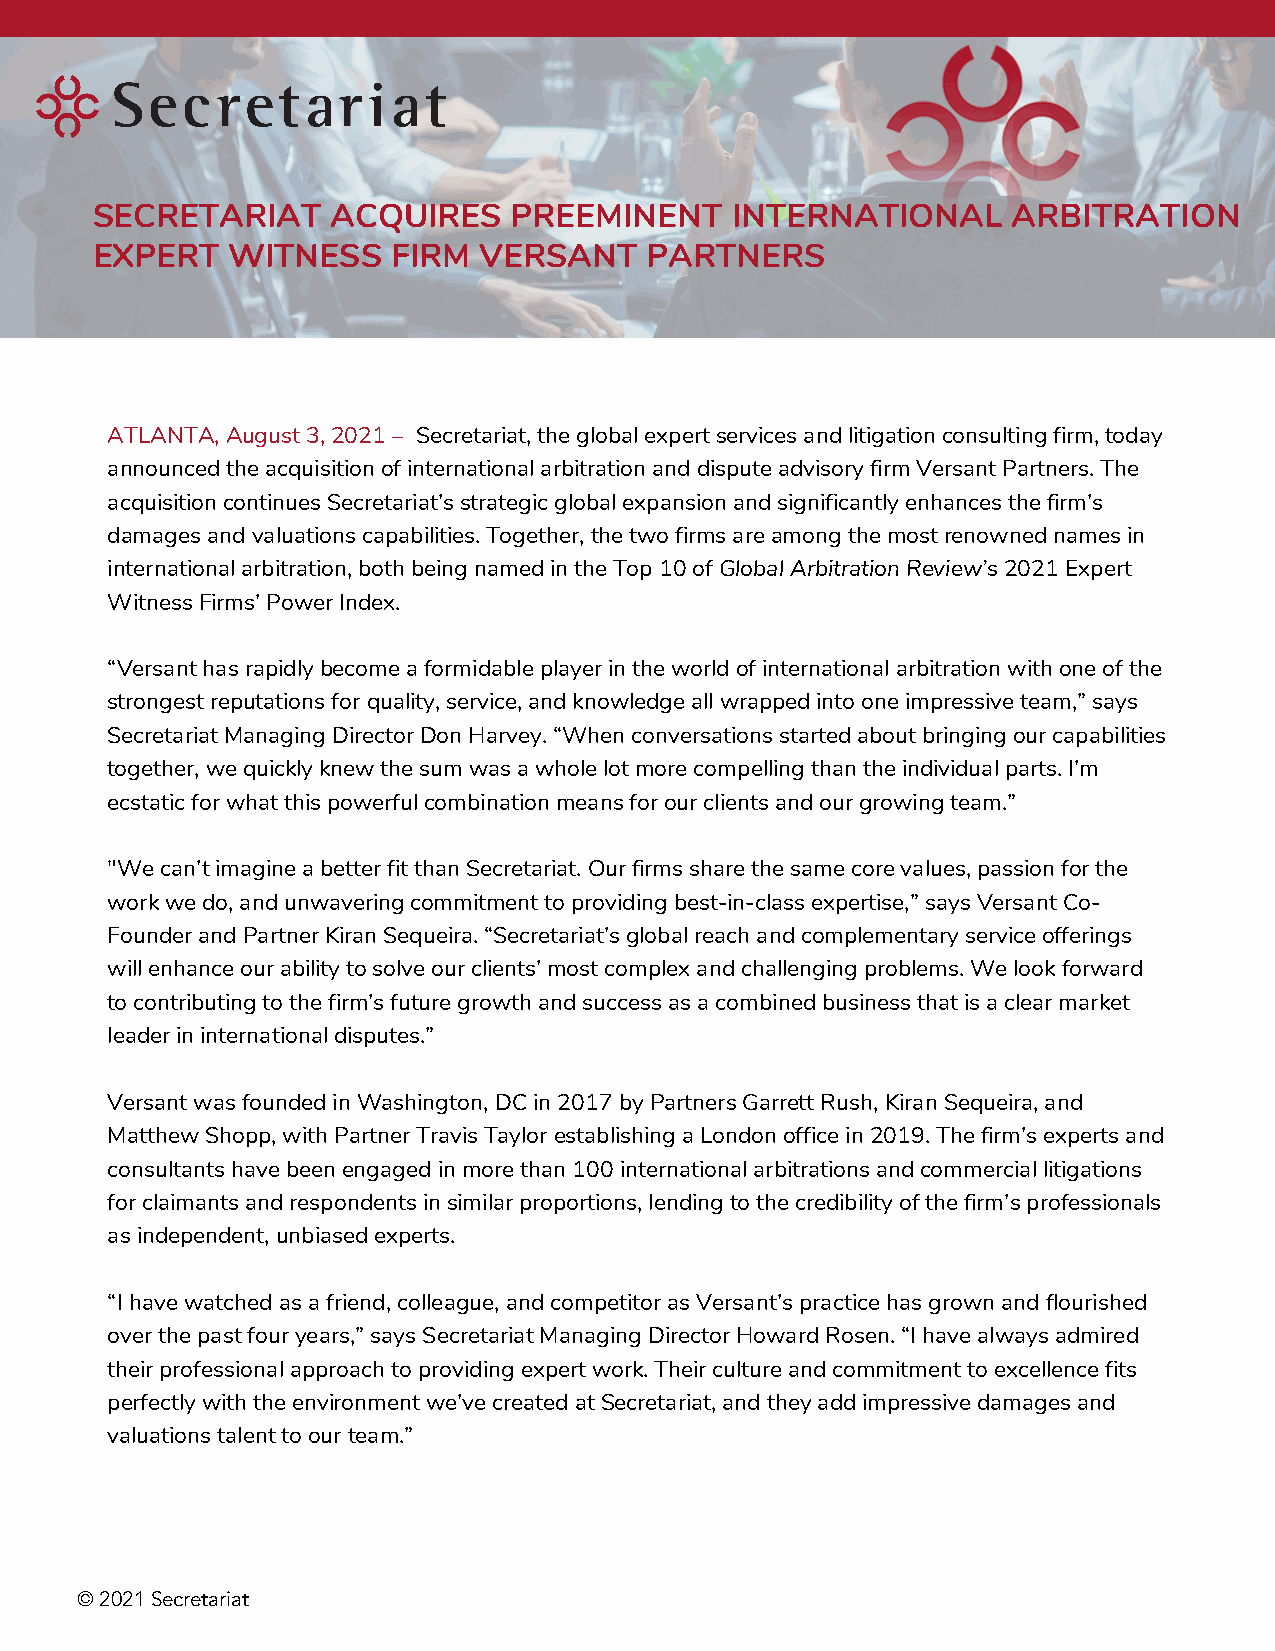
SECRETARIAT     ACQUIRES    PREEMINENT    INTERNATIONAL      ARBITRATION
 EXPERT   WITNESS    FIRM  VERSANT    PARTNERS
 ATLANTA, August 3, 2021 – Secretariat, the global expert services and litigation consulting firm, today
 announced the acquisition of international arbitration and dispute advisory firm Versant Partners. The
 acquisition continues Secretariat’s strategic global expansion and significantly enhances the firm’s
 damages and valuations capabilities. Together, the two firms are among the most renowned names in
 international arbitration, both being named in the Top 10 of Global Arbitration Review’s 2021 Expert
 Witness Firms’ Power Index.
 “Versant has rapidly become a formidable player in the world of international arbitration with one of the
 strongest reputations for quality, service, and knowledge all wrapped into one impressive team,” says
 Secretariat Managing Director Don Harvey. “When conversations started about bringing our capabilities
 together, we quickly knew the sum was a whole lot more compelling than the individual parts. I’m
 ecstatic for what this powerful combination means for our clients and our growing team.”
 "We can’t imagine a better fit than Secretariat. Our firms share the same core values, passion for the
 work we do, and unwavering commitment to providing best-in-class expertise,” says Versant Co-
 Founder and Partner Kiran Sequeira. “Secretariat’s global reach and complementary service offerings
 will enhance our ability to solve our clients’ most complex and challenging problems. We look forward
 to contributing to the firm’s future growth and success as a combined business that is a clear market
 leader in international disputes.”
 Versant was founded in Washington, DC in 2017 by Partners Garrett Rush, Kiran Sequeira, and
 Matthew Shopp, with Partner Travis Taylor establishing a London office in 2019. The firm’s experts and
 consultants have been engaged in more than 100 international arbitrations and commercial litigations
 for claimants and respondents in similar proportions, lending to the credibility of the firm’s professionals
 as independent, unbiased experts.
 “I have watched as a friend, colleague, and competitor as Versant’s practice has grown and flourished
 over the past four years,” says Secretariat Managing Director Howard Rosen. “I have always admired
 their professional approach to providing expert work. Their culture and commitment to excellence fits
 perfectly with the environment we’ve created at Secretariat, and they add impressive damages and
 valuations talent to our team.”
 © 2021 Secretariat